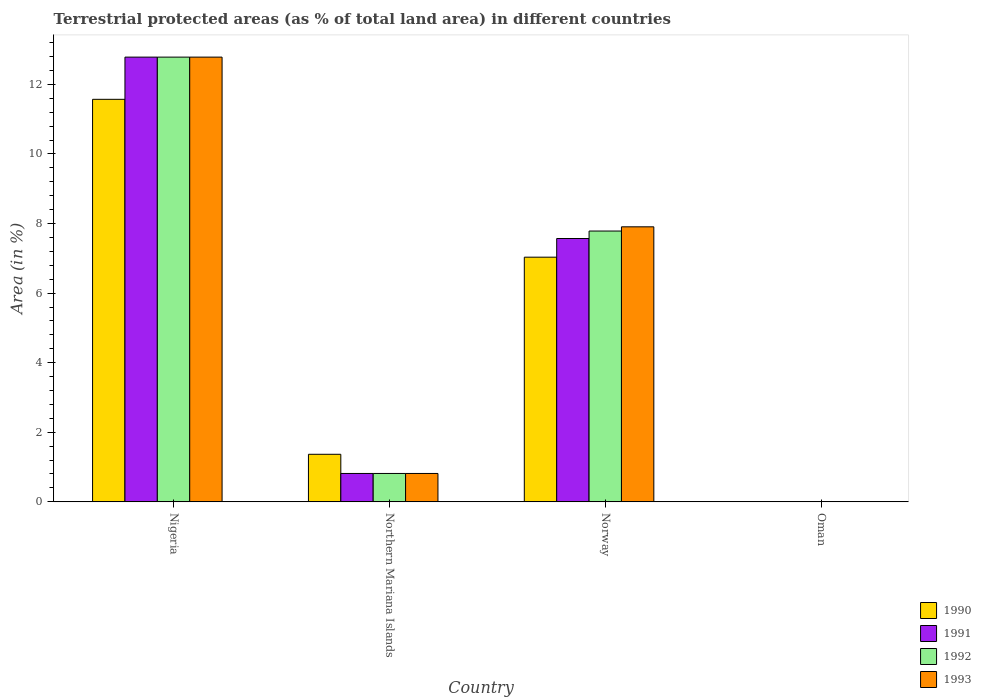
| Country | 1990 | 1991 | 1992 | 1993 |
 | --- | --- | --- | --- | --- |
 | Nigeria | 11.6 | 12.8 | 12.8 | 12.8 |
 | Northern Mariana Islands | 1.37 | 0.815 | 0.815 | 0.815 |
 | Norway | 7.03 | 7.57 | 7.78 | 7.9 |
 | Oman | 0.0016 | 0.0016 | 0.0016 | 0.0016 |